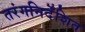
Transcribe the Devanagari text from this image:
तरंगनिर्देशित